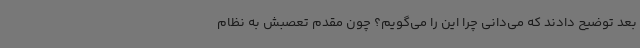
بعد توضیح دادند که می‌دانی چرا این را می‌گویم؟ چون مقدم تعصبش به نظام